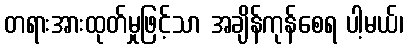
တရားအားထုတ်မှုဖြင့်သာ အချိန်ကုန်စေရ ပါ့မယ်၊